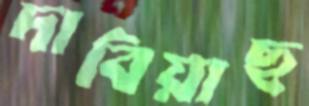
দাবিয়াছ